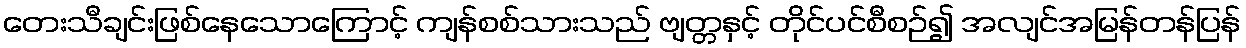
တေးသီချင်းဖြစ်နေသောကြောင့် ကျန်စစ်သားသည် ဗျတ္တနှင့် တိုင်ပင်စီစဉ်၍ အလျင်အမြန်တန်ပြန်